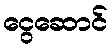
ငွေဆောင်